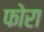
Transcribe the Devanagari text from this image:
फोरा